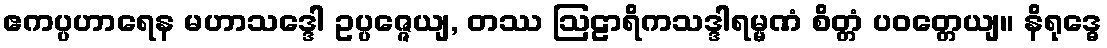
ဧကပ္ပဟာရေန မဟာသဒ္ဒေါ ဥပ္ပဇ္ဇေယျ, တဿ ဩဠာရိကသဒ္ဒါရမ္မဏံ စိတ္တံ ပဝတ္တေယျ။ နိရုဒ္ဓေ